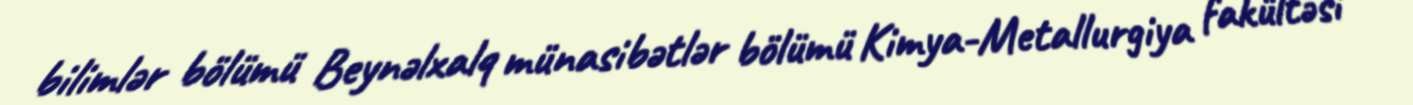
bilimlər bölümü Beynəlxalq münasibətlər bölümü Kimya-Metallurgiya fakültəsi